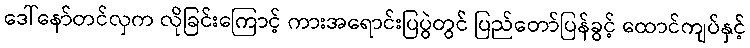
ဒေါ်နော်တင်လှက လိုခြင်းကြောင့် ကားအရောင်းပြပွဲတွင် ပြည်တော်ပြန်ခွင့် ထောင်ကျပ်နှင့်